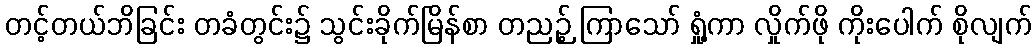
တင့်တယ်ဘိခြင်း တခံတွင်း၌ သွင်းခိုက်မြိန်စာ တညဉ့် ကြာသော် ရှုံ့ကာ လှိုက်ဖို ကိုးပေါက် စိုလျက်